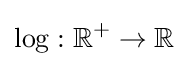
\log :\mathbb {R} ^{+}\to \mathbb {R}